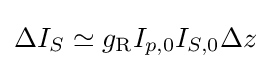
\Delta I_{S}\simeq g_{\mathrm {R} }I_{p,0}I_{S,0}\Delta z